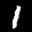
Label: 1